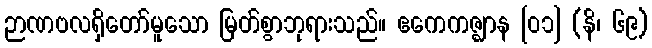
ဉာဏဗလရှိတော်မူသော မြတ်စွာဘုရားသည်။ ဧကေကဇ္ဈာန [၀၁] (နိ၊ ၆၉)